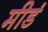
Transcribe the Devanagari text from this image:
मीडं